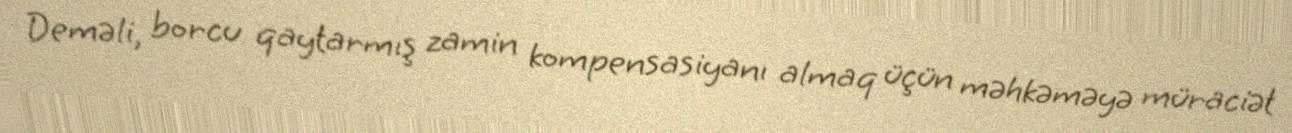
Deməli, borcu qaytarmış zamin kompensasiyanı almaq üçün məhkəməyə müraciət